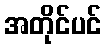
အတိုင်ပင်